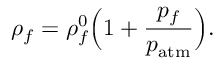
\rho _ { f } = \rho _ { f } ^ { 0 } \Big ( 1 + \frac { p _ { f } } { p _ { \mathrm { a t m } } } \Big ) .